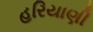
હરિયાણી